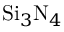
\mathrm { S i } _ { 3 } \mathrm { N } _ { 4 }